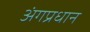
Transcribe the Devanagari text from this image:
अंगप्रधान